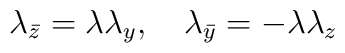
\lambda_{\bar z}=\lambda \lambda_y,\quad\lambda_{\bar y}=-\lambda \lambda_z